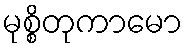
မုစ္စိတုကာမော